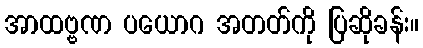
အာထဗ္ဗဏ ပယောဂ အတတ်ကို ပြဆိုခန်း။